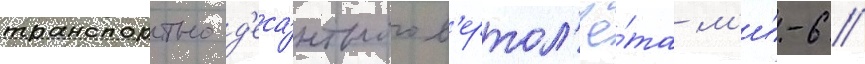
транспортно-д'еса́нтного в'ертол'ё́та м'и́-6 //